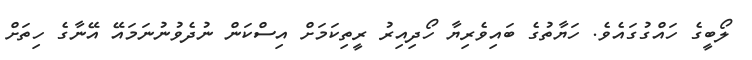
ލޯބީގެ ހައްގުގައެވެ. ހަޔާތުގެ ބައިވެރިޔާ ހޯދިއިރު ރީތިކަމަށް އިސްކަން ނުދެވުނުނަމައޭ އޭނާގެ ހިތަށް